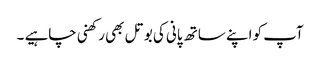
آپ کو اپنے ساتھ پانی کی بوتل بھی رکھنی چاہیے ۔